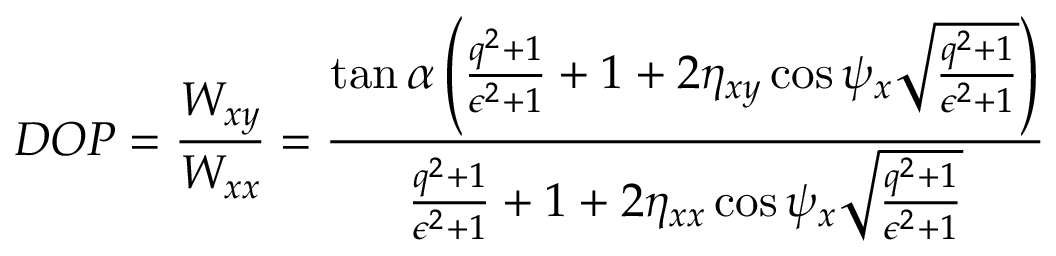
\centering D O P = \frac { W _ { x y } } { W _ { x x } } = \frac { \tan { \alpha } \left( \frac { q ^ { 2 } + 1 } { \epsilon ^ { 2 } + 1 } + 1 + 2 \eta _ { x y } \cos { \psi _ { x } } \sqrt { \frac { q ^ { 2 } + 1 } { \epsilon ^ { 2 } + 1 } } \right) } { \frac { q ^ { 2 } + 1 } { \epsilon ^ { 2 } + 1 } + 1 + 2 \eta _ { x x } \cos { \psi _ { x } } \sqrt { \frac { q ^ { 2 } + 1 } { \epsilon ^ { 2 } + 1 } } }